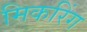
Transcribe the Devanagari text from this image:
मिकरिंग